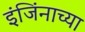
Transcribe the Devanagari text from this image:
इंजिंनाच्या